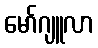
မော်ဂျူလာ